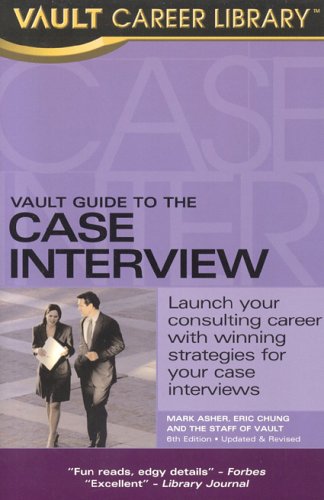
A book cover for Vault Guide to the Case Interview; Mark Asher; Business & Money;